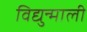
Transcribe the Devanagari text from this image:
विद्युन्माली